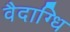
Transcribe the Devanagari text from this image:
वैदाग्धि